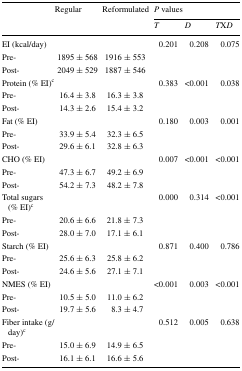
| <ROWSPAN=2>  | <ROWSPAN=2> Regular | <ROWSPAN=2> Reformulated | <COLSPAN=3> P values |
 | T | D | TXD |
 | --- | --- | --- | --- | --- | --- |
 | EI (kcal/day) |  |  | 0.201 | 0.208 | 0.075 |
 | Pre- | 1895 ± 568 | 1916 ± 553 |  |  |  |
 | Post- | 2049 ± 529 | 1887 ± 546 |  |  |  |
 | Protein (% EI)c |  |  | 0.383 | <0.001 | 0.038 |
 | Pre- | 16.4 ± 3.8 | 16.3 ± 3.8 |  |  |  |
 | Post- | 14.3 ± 2.6 | 15.4 ± 3.2 |  |  |  |
 | Fat (% EI) |  |  | 0.180 | 0.003 | 0.001 |
 | Pre- | 33.9 ± 5.4 | 32.3 ± 6.5 |  |  |  |
 | Post- | 29.6 ± 6.1 | 32.8 ± 6.3 |  |  |  |
 | CHO (% EI) |  |  | 0.007 | <0.001 | <0.001 |
 | Pre- | 47.3 ± 6.7 | 49.2 ± 6.9 |  |  |  |
 | Post- | 54.2 ± 7.3 | 48.2 ± 7.8 |  |  |  |
 | Total sugars (% EI)c |  |  | 0.000 | 0.314 | <0.001 |
 | Pre- | 20.6 ± 6.6 | 21.8 ± 7.3 |  |  |  |
 | Post- | 28.0 ± 7.0 | 17.1 ± 6.1 |  |  |  |
 | Starch (% EI) |  |  | 0.871 | 0.400 | 0.786 |
 | Pre- | 25.6 ± 6.3 | 25.8 ± 6.2 |  |  |  |
 | Post- | 24.6 ± 5.6 | 27.1 ± 7.1 |  |  |  |
 | NMES (% EI) |  |  | <0.001 | 0.003 | <0.001 |
 | Pre- | 10.5 ± 5.0 | 11.0 ± 6.2 |  |  |  |
 | Post- | 19.7 ± 5.6 | 8.3 ± 4.7 |  |  |  |
 | Fiber intake (g/day)c |  |  | 0.512 | 0.005 | 0.638 |
 | Pre- | 15.0 ± 6.9 | 14.9 ± 6.5 |  |  |  |
 | Post- | 16.1 ± 6.1 | 16.6 ± 5.6 |  |  |  |